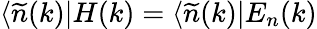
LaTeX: \langle\widetilde{n}(k)|H(k)=\langle\widetilde{n}(k)|E_{n}(k)